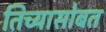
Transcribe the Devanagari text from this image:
तिच्यासोबत